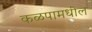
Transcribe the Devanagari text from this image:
कळपामधील